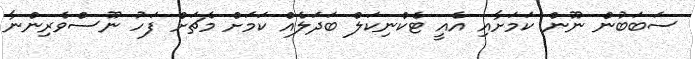
ސަބަބުން ނޫން ކަމަށާއި އެއީ ޓެކްނިކަލް ބަދަލެއް ކަމަށް މެޗަށް ފަހު ނޫސްވެރިންނާ